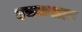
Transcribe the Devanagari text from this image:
दचकलात